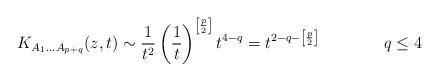
LaTeX: \begin{align*}K_{A_1 \ldots A_{p+q}}(z,t)\sim \frac{1}{t^2}\left(\frac{1}{t}\right)^{\left[\frac{p}{2}\right]}t^{4-q} =t^{2-q-\left[\frac{p}{2}\right]}\qquad \qquad q\leq4\end{align*}